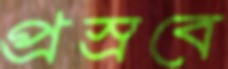
প্রস্রবে